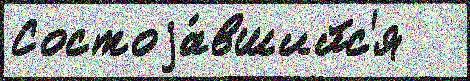
Состоjа́вшийс'я